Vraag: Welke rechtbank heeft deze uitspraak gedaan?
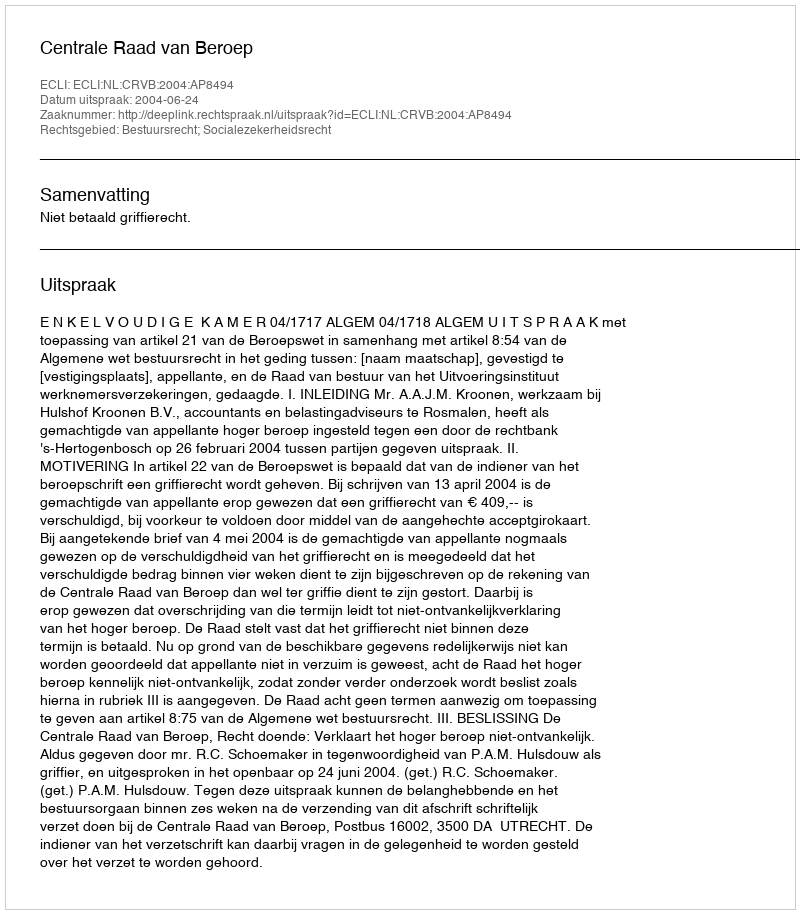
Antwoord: Centrale Raad van Beroep